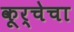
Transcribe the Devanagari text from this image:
कूर्चेचा